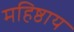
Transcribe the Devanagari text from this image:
महिष्ठाय